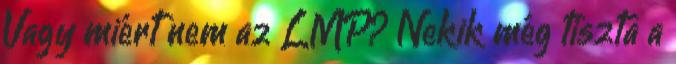
Vagy miért nem az LMP? Nekik még tiszta a